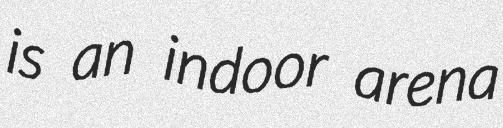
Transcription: is an indoor arena